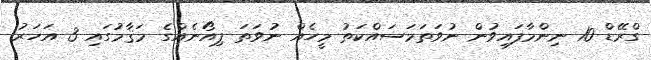
ގްރޭޑް 10 ނިންމާފައިވުން ނުވަތަމަސައްކަތު މީހެއް ނުވަތަ ޕިއޯނެއްގެ މަޤާމުގައި 3 އަހަރު